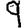
Digit: 9